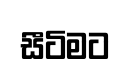
සීටිමට